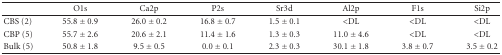
|  | O1s | Ca2p | P2s | Sr3d | Al2p | F1s | Si2p |
 | --- | --- | --- | --- | --- | --- | --- | --- |
 | CBS (2) | 55.8 ± 0.9 | 26.0 ± 0.2 | 16.8 ± 0.7 | 1.5 ± 0.1 | <DL | <DL | <DL |
 | CBP (5) | 55.7 ± 2.6 | 20.6 ± 2.1 | 11.4 ± 1.6 | 1.3 ± 0.3 | 11.0 ± 4.6 | <DL | <DL |
 | Bulk (5) | 50.8 ± 1.8 | 9.5 ± 0.5 | 0.0 ± 0.1 | 2.3 ± 0.3 | 30.1 ± 1.8 | 3.8 ± 0.7 | 3.5 ± 0.2 |